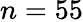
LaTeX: n=55